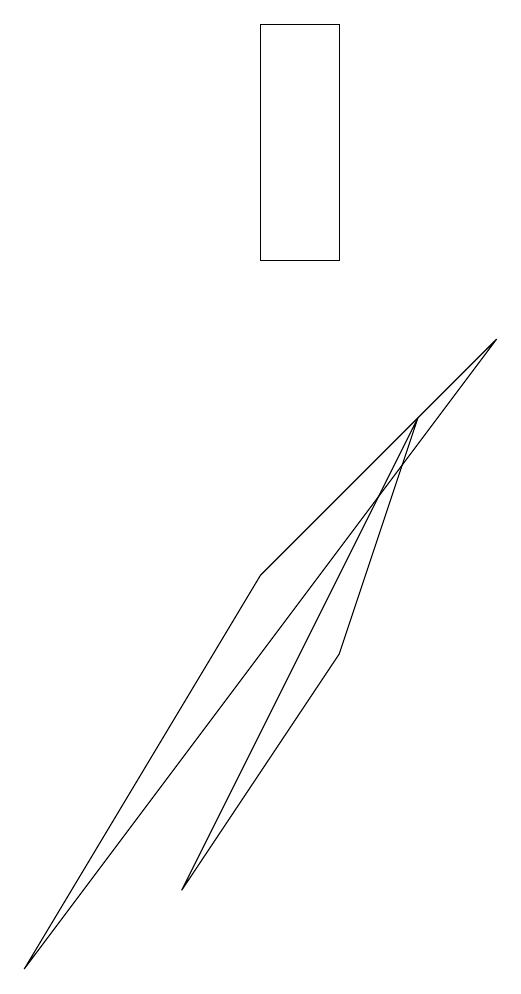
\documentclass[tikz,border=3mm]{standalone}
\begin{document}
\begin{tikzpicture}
\draw (6,13) rectangle (7,10);
\draw (7,5) -- (8,8) -- (5,2) -- cycle;
\draw (6,6) -- (9,9) -- (3,1) -- cycle;
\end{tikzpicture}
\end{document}